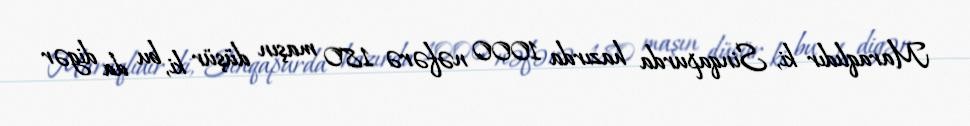
Maraqlıdır ki, Sinqapurda hazırda 1000 nəfərə 180 maşın düşür ki, bu da digər